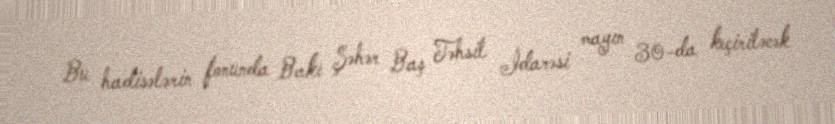
Bu hadisələrin fonunda Bakı Şəhər Baş Təhsil İdarəsi mayın 30-da keçiriləcək